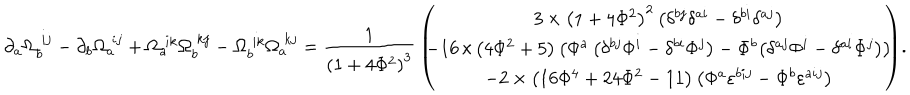
\! \! \partial _ { a } \Omega _ { b } ^ { \; i j } - \partial _ { b } \Omega _ { a } ^ { \; i j } + \Omega _ { a } ^ { \; i k } \Omega _ { b } ^ { \; k j } - \Omega _ { b } ^ { \; i k } \Omega _ { a } ^ { \; k j } = \frac 1 { \left( 1 + 4 \Phi ^ { 2 } \right) ^ { 3 } } \, \left( \! \! \! \! \begin{array} { c } { { 3 \times \left( 1 + 4 \Phi ^ { 2 } \right) ^ { 2 } \left( \delta ^ { b j } \delta ^ { a i } - \delta ^ { b i } \delta ^ { a j } \right) } } \\ { { - 1 6 \! \times \! \left( 4 \Phi ^ { 2 } + 5 \right) \left( \Phi ^ { a } \left( \delta ^ { b j } \Phi ^ { i } - \delta ^ { b i } \Phi ^ { j } \right) - \Phi ^ { b } \! \left( \delta ^ { a j } \Phi ^ { i } - \delta ^ { a i } \Phi ^ { j } \right) \right) } } \\ { { - 2 \times \left( 1 6 \Phi ^ { 4 } + 2 4 \Phi ^ { 2 } - 1 1 \right) \left( \Phi ^ { a } \varepsilon ^ { b i j } - \Phi ^ { b } \varepsilon ^ { a i j } \right) } } \\ \end{array} \! \! \! \right) \! .